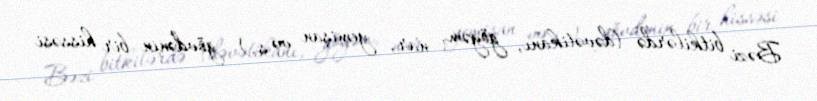
Bəzi bitkilərdə (dəvətikanı, göyəm, nar, yemişan və s.) gövdənin bir hissəsi